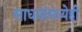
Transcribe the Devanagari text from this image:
साधनांमध्येही